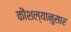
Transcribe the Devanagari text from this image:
कौशल्यानुसार